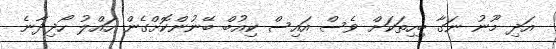
އަދި މޫނު ނަގާ ބިހިތަކަށް ވެސް އައިސް ކިއުބް ބޭނުންކޮށްގެން ހައްލު ހޯދިދާނެ